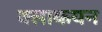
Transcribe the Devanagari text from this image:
क्लाकयन